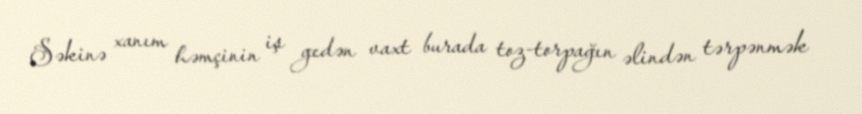
Səkinə xanım həmçinin iş gedən vaxt burada toz-torpağın əlindən tərpənmək